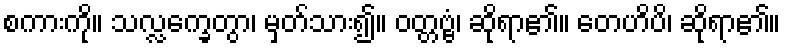
စကားကို။ သလ္လက္ခေတွာ၊ မှတ်သား၍။ ဝတ္တဗ္ဗံ၊ ဆိုရာ၏။ တေဟိပိ၊ ဆိုရာ၏။